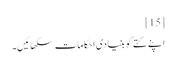
[15]
اپنے کتے کو بنیادی احکامات سکھائیں۔